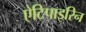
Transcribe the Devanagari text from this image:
ऐटिपाइरिन